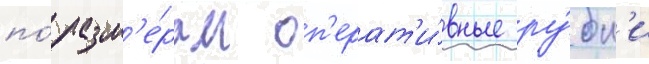
по́ разм'е́рам оп'ерат'и́вные ру́бк'и